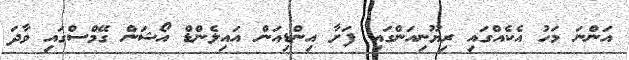
އަންނަ މަހު އެކެއްގައި ރިޔޫނިއަންގައި ފަށާ އިންޑިއަން އައިލެންޑް އޯޝަން ގޭމްސްގައި ވާދަ